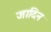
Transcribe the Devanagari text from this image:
जादिन